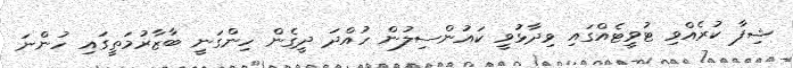
ޝިފާ ކުރެއްވި ޓުވީޓެއްގައި ވިދާޅުވީ ކައުންސިލުން ހުއްދަ ދީގެން ހިންގަނީ ބާޒާރުމަތީގައި ހުންނަ